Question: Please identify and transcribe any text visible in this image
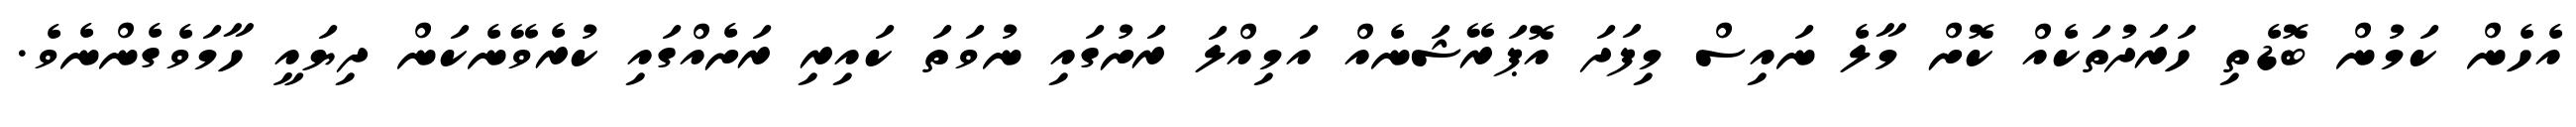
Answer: އެހެން ކަމުން ބޮޑެތި ހަރަދުތަކެއް ކޮށް މާލެ ނައިސް މިފަދަ އޮޕަރޭޝަނެއް އަމިއްލަ ރަށުގައި ނުވަތަ ކައިރި ރަށެއްގައި ކުރެވޭނެކަން ދިޔައީ ހާމަވެގެންނެވެ.